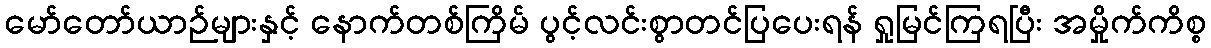
မော်တော်ယာဉ်များနှင့် နောက်တစ်ကြိမ် ပွင့်လင်းစွာတင်ပြပေးရန် ရှုမြင်ကြရပြီး အမှိုက်ကိစ္စ